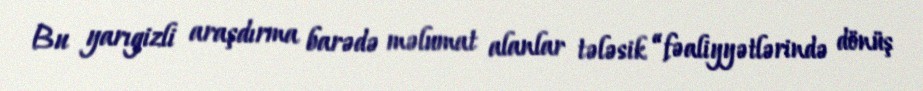
Bu yarıgizli araşdırma barədə məlumat alanlar tələsik “fəaliyyətlərində dönüş